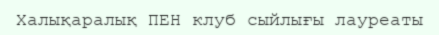
Халықаралық ПЕН клуб сыйлығы лауреаты